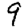
Digit: 9